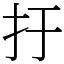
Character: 扜